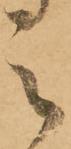
之